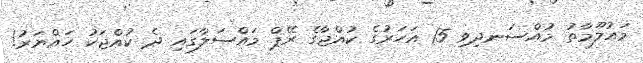
މައުލޫމާތު މުއްސަނދިވި 15 އަހަރުގެ ކުއްޖާގެ ރޭޕް މައްސަލާގައި ދެ ކުއްޖަކު ހައްޔަރު!